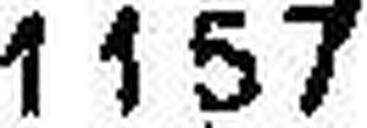
1157